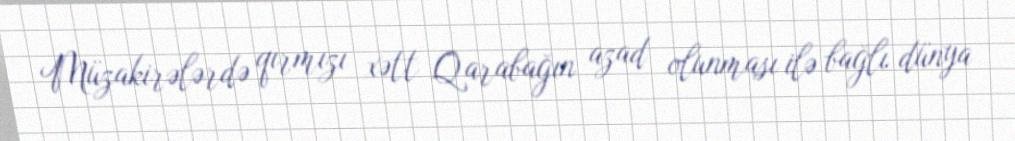
Müzakirələrdə qırmızı xətt Qarabağın azad olunması ilə bağlı dünya